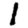
Digit: 1